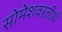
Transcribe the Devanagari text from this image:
सोमेशवरतीर्थ